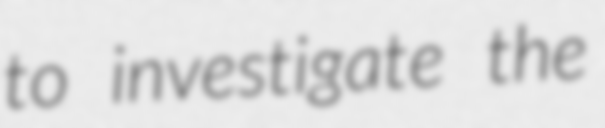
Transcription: to investigate the